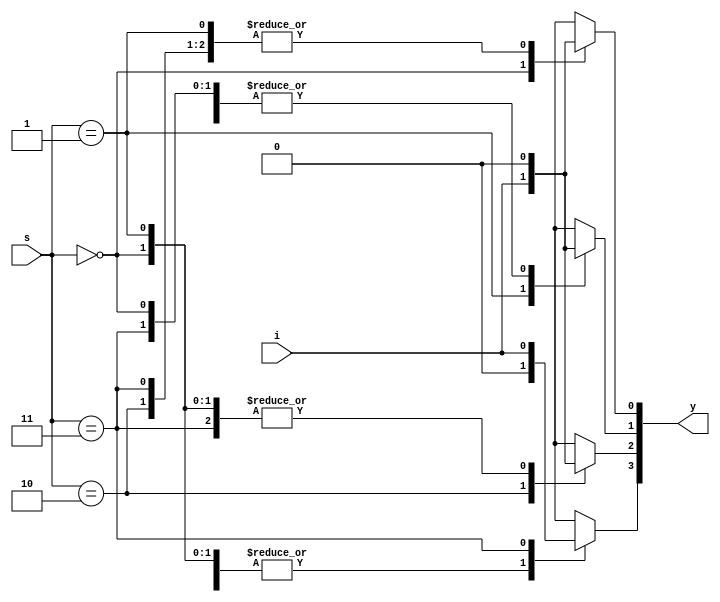
module Dmux(input i,
	    input [1:0] s,
	    output reg [3:0] y);
	always@(i,s)
		begin
		y=0;
			case (s)
				2'b00 : y[0] = i;
				2'b01 : y[1] = i;
				2'b10 : y[2] = i;
				2'b11 : y[3] = i;
			endcase
		end
endmodule